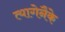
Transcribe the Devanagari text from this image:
त्यागेनैके